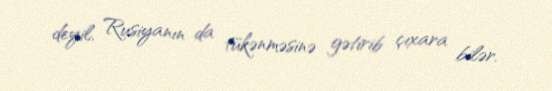
deyil, Rusiyanın da tükənməsinə gətirib çıxara bilər.